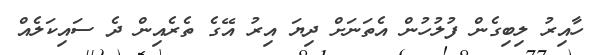
ހާއިރު ލިބިގެން ފުލުހުން އެތަނަށް ދިޔަ އިރު އޭގެ ތެރެއިން ދެ ސައިކަލެއް